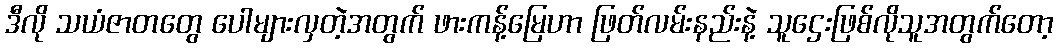
ဒီလို သယံဇာတတွေ ပေါများလှတဲ့အတွက် ဖားကန့်မြေဟာ ဖြတ်လမ်းနည်းနဲ့ သူဌေးဖြစ်လိုသူအတွက်တော့